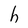
Character: h